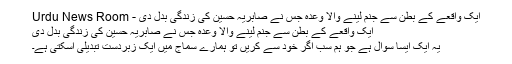
ایک واقعے کے بطن سے جنم لینے والا وعدہ جس نے صابریہ حسین کی زندگی بدل دی - Urdu News Room
ایک واقعے کے بطن سے جنم لینے والا وعدہ جس نے صابریہ حسین کی زندگی بدل دی
یہ ایک ایسا سوال ہے جو ہم سب اگر خود سے کریں تو ہمارے سماج میں ایک زبردست تبدیلی آسکتی ہے۔